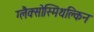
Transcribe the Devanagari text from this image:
ग्लैक्सोस्मिथक्लिन